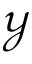
\mathcal { Y }